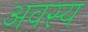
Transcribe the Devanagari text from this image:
अवस्य